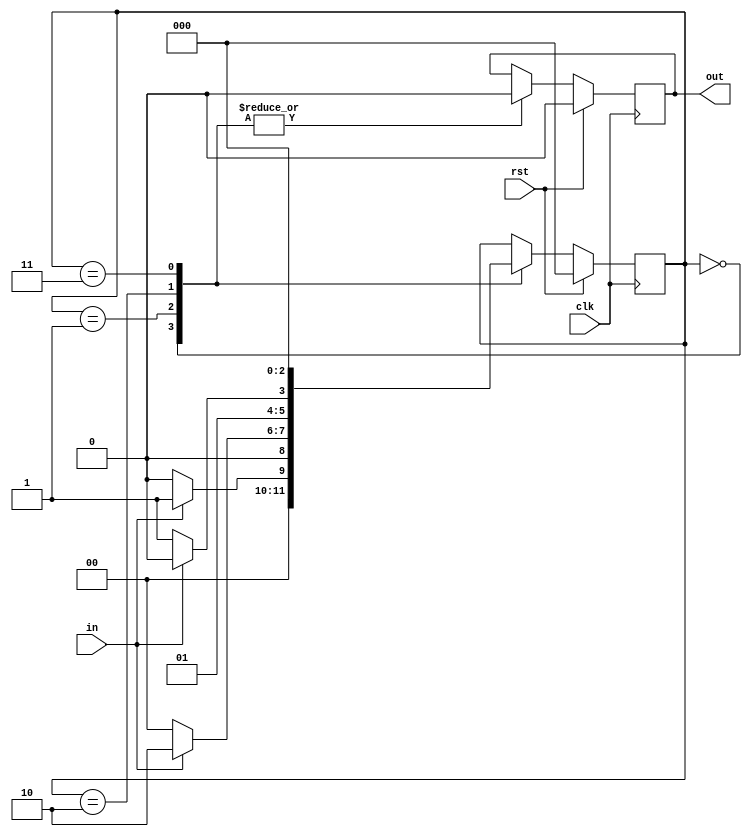
module mealyol(input in,input clk,input rst,output reg out);
  reg [2:0] cst;
  reg [2:0] nst;
  parameter [1:0]s0=3'b000;
  parameter [1:0]s1=3'b001;
  parameter [1:0]s2=3'b010;
  parameter [1:0]s3=3'b011;
  parameter [1:0]s4=3'b100;
always@(posedge clk)
begin
  if(rst)begin
    out=1'b0;
    cst=s0;
    nst=s0;end
  else
    begin
    cst=nst;
    case(cst)
  s0: if(in) begin    
    out=1'b0;
    nst=s1;end
  else begin
    out=1'b0;
    nst=s0;end
  s1: if(in)begin
    out=1'b0;
    nst=s2;end
     else begin
    out=1'b0;
    nst=s0;end
  s2 : if(in)begin   
    out=1'b0;
    nst=s2;end
      else begin
    out=1'b0;
    nst=s3;end
  s3 : if(in)begin   
    out=1'b0;
    nst=s4;end
      else begin
    out=1'b0;
    nst=s0;end
  s4 : if(in)begin   
    out=1'b1;
    nst=s2;end
      else begin
    out=1'b0;
    nst=s0;end
   endcase
end
end
endmodule